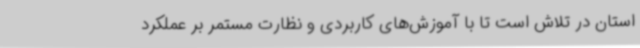
استان در تلاش است تا با آموزش‌های کاربردی و نظارت مستمر بر عملکرد